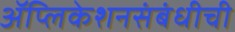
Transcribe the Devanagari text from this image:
ॲप्लिकेशनसंबंधीची